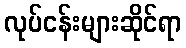
လုပ်ငန်းများဆိုင်ရာ